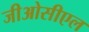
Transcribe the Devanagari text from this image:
जीओसीएल